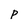
Character: p